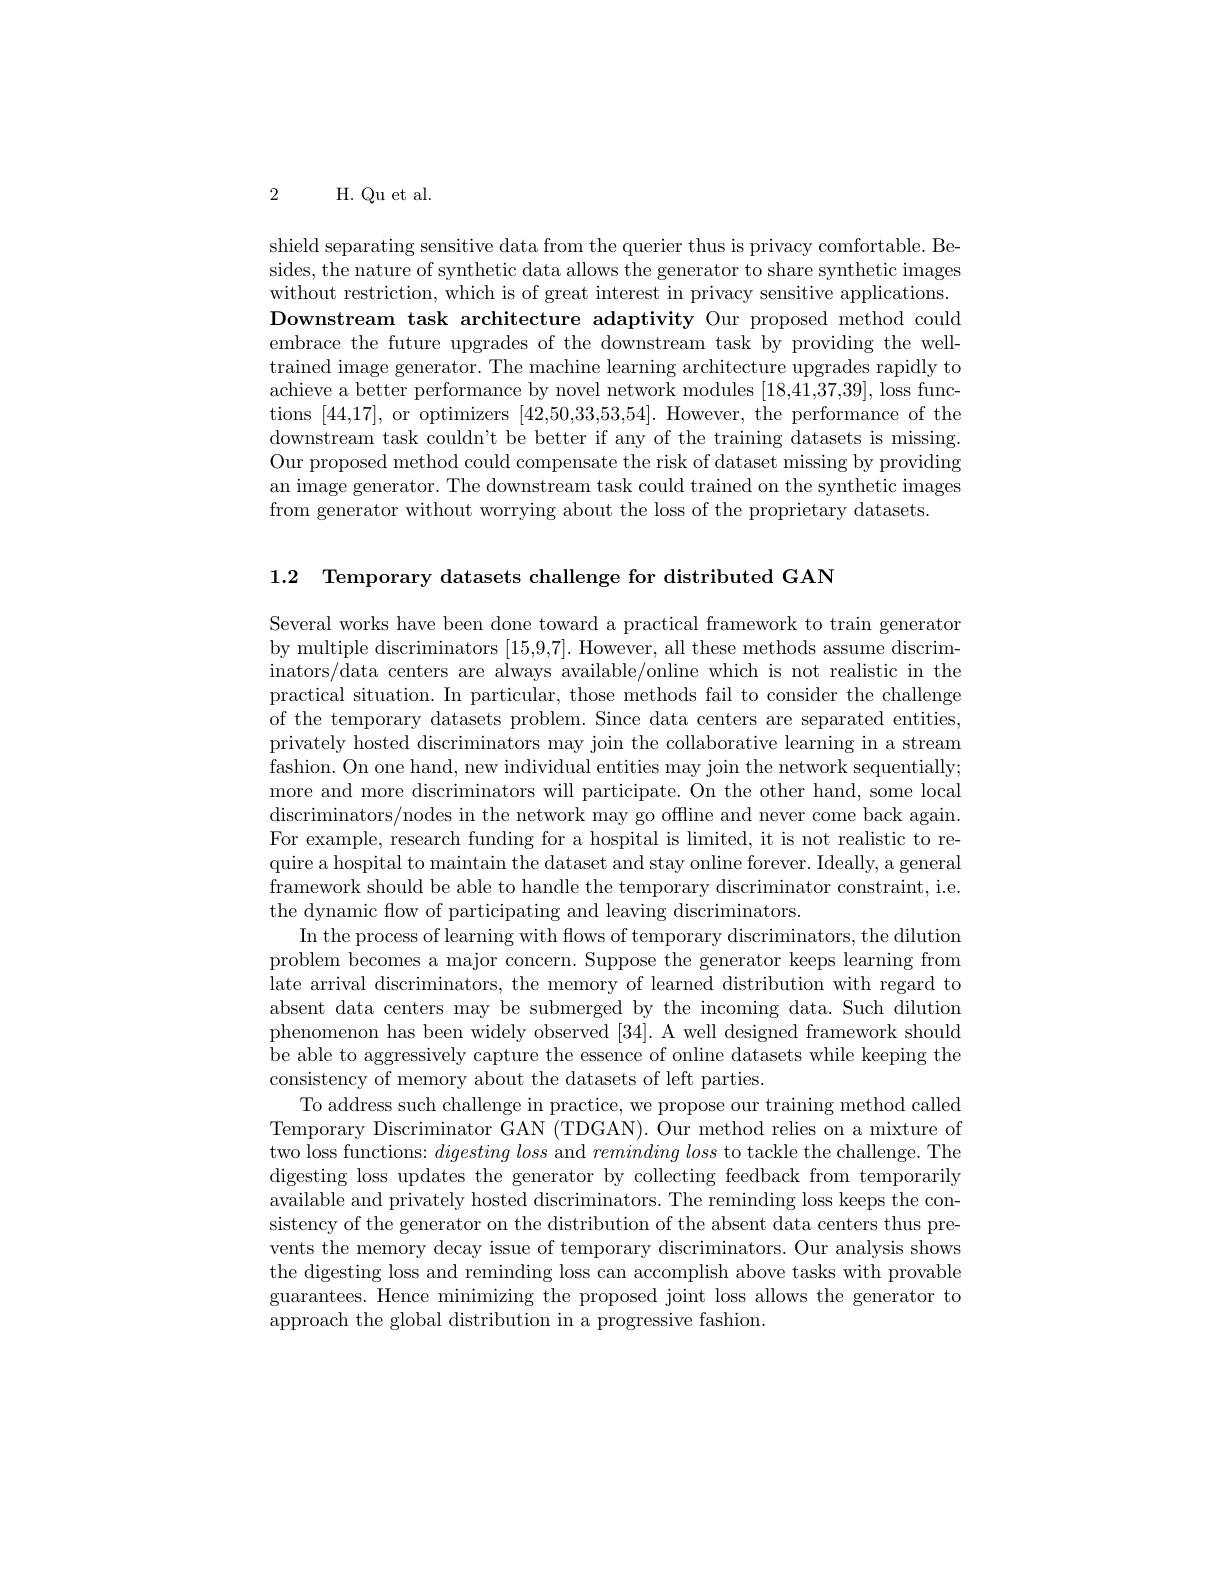
2 H.Qu et al.

shield separating sensitive data from the querier thus is privacy comfortable. Besides, the nature of synthetic data allows the generator to share synthetic images without restriction, which is of great interest in privacy sensitive applications. Downstream task architecture adaptivity Our proposed method could embrace the future upgrades of the downstream task by providing the welltrained image generator. The machine learning architecture upgrades rapidly to achieve a better performance by novel network modules [18,41,37,39], loss functions [44,17], or optimizers [42,50,33,53,54]. However, the performance of the downstream task couldn't be better if any of the training datasets is missing. Our proposed method could compensate the risk of dataset missing by providing an image generator. The downstream task could trained on the synthetic images from generator without worrying about the loss of the proprietary datasets.

1.2 Temporary datasets challenge for distributed GAN

Several works have been done toward a practical framework to train generator by multiple discriminators [15,9,7]. However, all these methods assume discriminators/data centers are always available/online which is not realistic in the practical situation. In particular, those methods fail to consider the challenge of the temporary datasets problem. Since data centers are separated entities, privately hosted discriminators may join the collaborative learning in a stream fashion. On one hand, new individual entities may join the network sequentially; more and more discriminators will participate. On the other hand, some local discriminators/ nodes in the network may go offline and never come back again. For example, research funding for a hospital is limited, it is not realistic to require a hospital to maintain the dataset and stay online forever. Ideally, a general framework should be able to handle the temporary discriminator constraint, i.e the dynamic flow of participating and leaving discriminators.
In the process of learning with flows of temporary discriminators, the dilution problem becomes a major concern. Suppose the generator keeps learning from late arrival discriminators, the memory of learned distribution with regard to absent data centers may be submerged by the incoming data. Such dilution phenomenon has been widely observed [34]. A well designed framework should be able to aggressively capture the essence of online datasets while keeping the consistency of memory about the datasets of left parties.
To address such challenge in practice, we propose our training method called Temporary Discriminator GAN (TDGAN). Our method relies on a mixture of two loss functions: $digesting\textit{loss and reminding loss to tackle the challenge. The}$ digesting loss updates the generator by collecting feedback from temporarily available and privately hosted discriminators. The reminding loss keeps the consistency of the generator on the distribution of the absent data centers thus prevents the memory decay issue of temporary discriminators. Our analysis shows the digesting loss and reminding loss can accomplish above tasks with provable guarantees. Hence minimizing the proposed joint loss allows the generator to approach the global distribution in a progressive fashion.